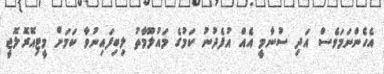
އެހެންނަަމަވެސް އަދި ސުނާމީ އެއް އުފެދުނު ކަމުގެ މައުލޫމާތު ލިބިފައިނުވާ ކަމަށް މީޓިއޮރޮލޮޖީ